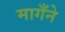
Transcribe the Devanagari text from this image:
मागँने